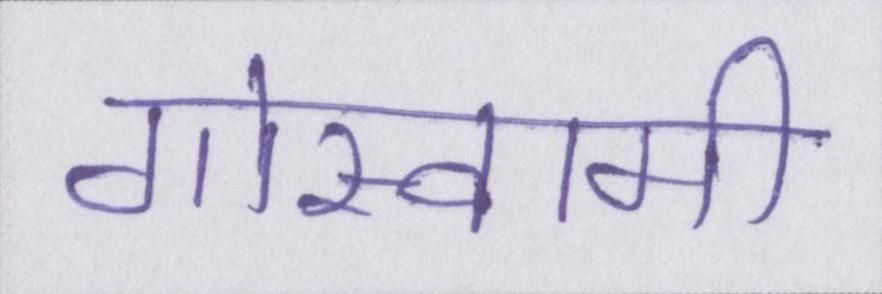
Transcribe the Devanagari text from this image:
गोस्वामी